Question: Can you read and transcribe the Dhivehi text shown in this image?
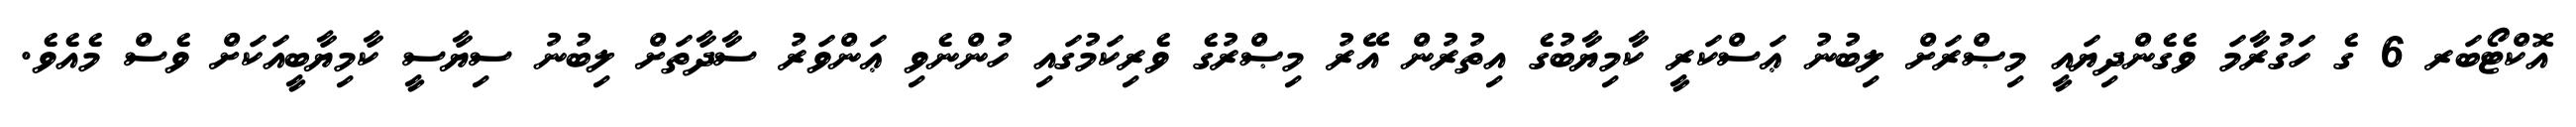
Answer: އޮކްޓޯބަރ 6 ގެ ހަގުރާމަ ވެގެންދިޔައީ މިޞްރަށް ލިބުނު ޢަސްކަރީ ކާމިޔާބުގެ އިތުރުން އޭރު މިޞްރުގެ ވެރިކަމުގައި ހުންނެވި ޢަންވަރު ސާދާތަށް ލިބުނު ސިޔާސީ ކާމިޔާބީއަކަށް ވެސް މެއެވެ.